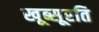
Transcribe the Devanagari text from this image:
खूब्सूरति